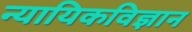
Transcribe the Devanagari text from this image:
न्यायिकविज्ञान